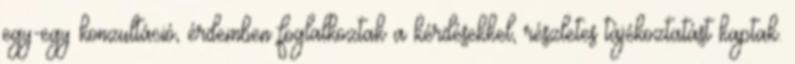
egy-egy konzultáció, érdemben foglalkoztak a kérdésekkel, részletes tájékoztatást kaptak.